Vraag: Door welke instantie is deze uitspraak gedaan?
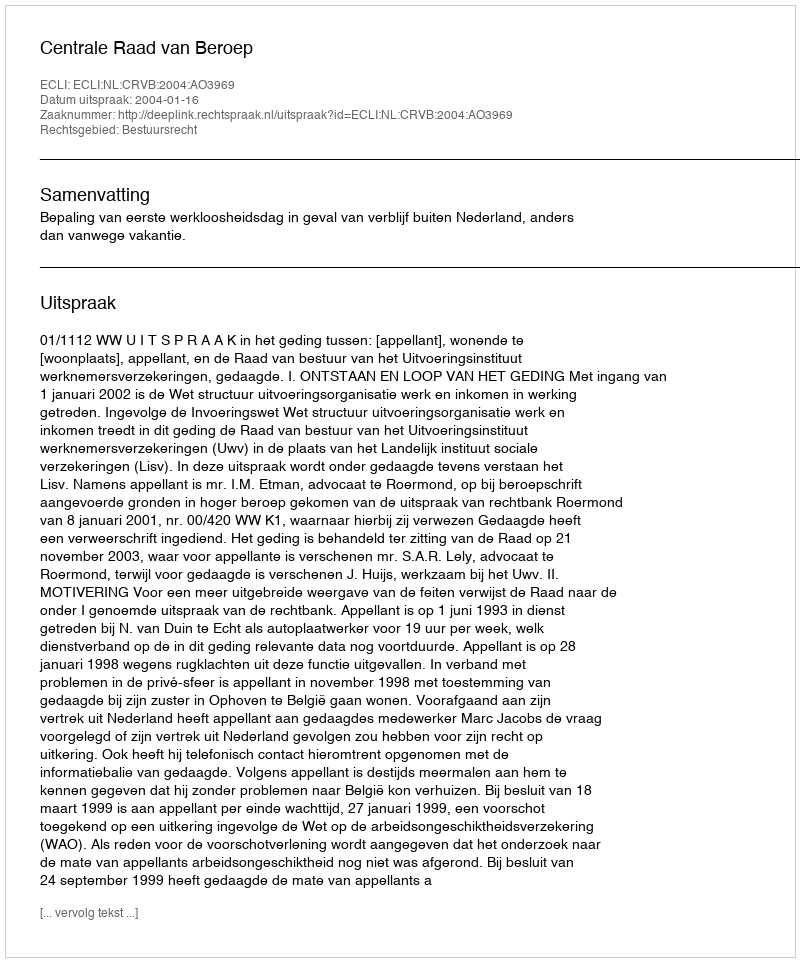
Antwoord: Centrale Raad van Beroep